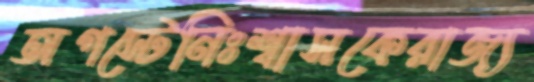
অগস্টেনিঃশ্বাসকেরাজ্য